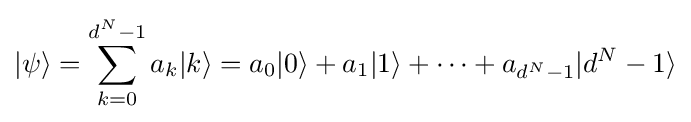
|\psi \rangle =\sum _{k=0}^{d^{N}-1}a_{k}|k\rangle =a_{0}|0\rangle +a_{1}|1\rangle +\dots +a_{d^{N}-1}|d^{N}-1\rangle